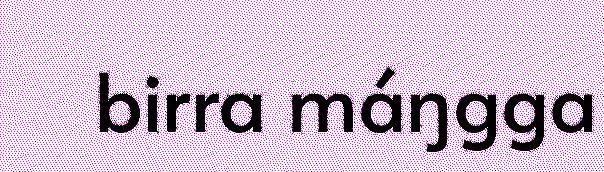
birra máŋgga